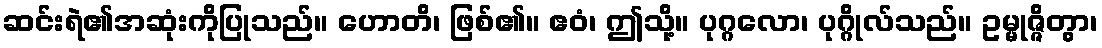
ဆင်းရဲ၏အဆုံးကိုပြုသည်။ ဟောတိ၊ ဖြစ်၏။ ဧဝံ၊ ဤသို့။ ပုဂ္ဂလော၊ ပုဂ္ဂိုလ်သည်။ ဥမ္မုဇ္ဇိတွာ၊